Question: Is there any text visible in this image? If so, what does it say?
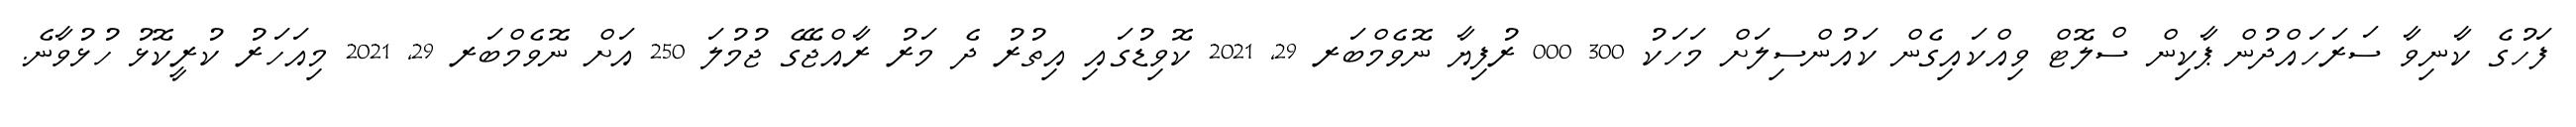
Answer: ފަހުގެ ކާނިވާ ސަރަހައްދުން ޕާކިން ސްލޮޓް ވިއްކައިގެން ކައުންސިލަށް މަހަކު 300 000 ރުފިޔާ ނޮވެމްބަރ 29, 2021 ކޮވިޑުގައި އިތުރު ދެ މަރު ރާއްޖޭގެ ޖުމުލަ 250 އަށް ނޮވެމްބަރ 29, 2021 މިއަހަރު ކުރީކޮޅު ހުޅުވާނެ.